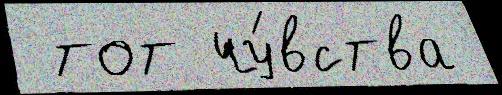
 тот чу́вства